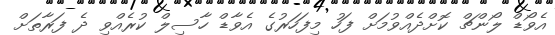
އެވޯޑް ލޯންޗް ކޮށްދެއްވުމަށް ފަހު މިފަހަރުގެ އެވާޑް ހާސިލް ކުރެއްވި ދެ ފަރާތަށް